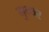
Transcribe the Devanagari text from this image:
गुन्थर